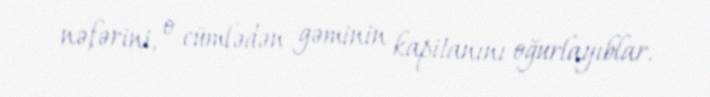
nəfərini, o cümlədən gəminin kapitanını oğurlayıblar.